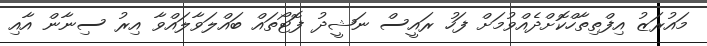
މައުރަޒު އިފްތިތާހްކޮށްދެއްވުމަށް ފަހު ރައީސް ނަޝީދު ފޮޓޯތައް ބައްލަވާލައްވާ އިރު ސިނާން އާއި